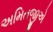
અમિતજીએ